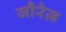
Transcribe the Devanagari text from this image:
जौरेज़